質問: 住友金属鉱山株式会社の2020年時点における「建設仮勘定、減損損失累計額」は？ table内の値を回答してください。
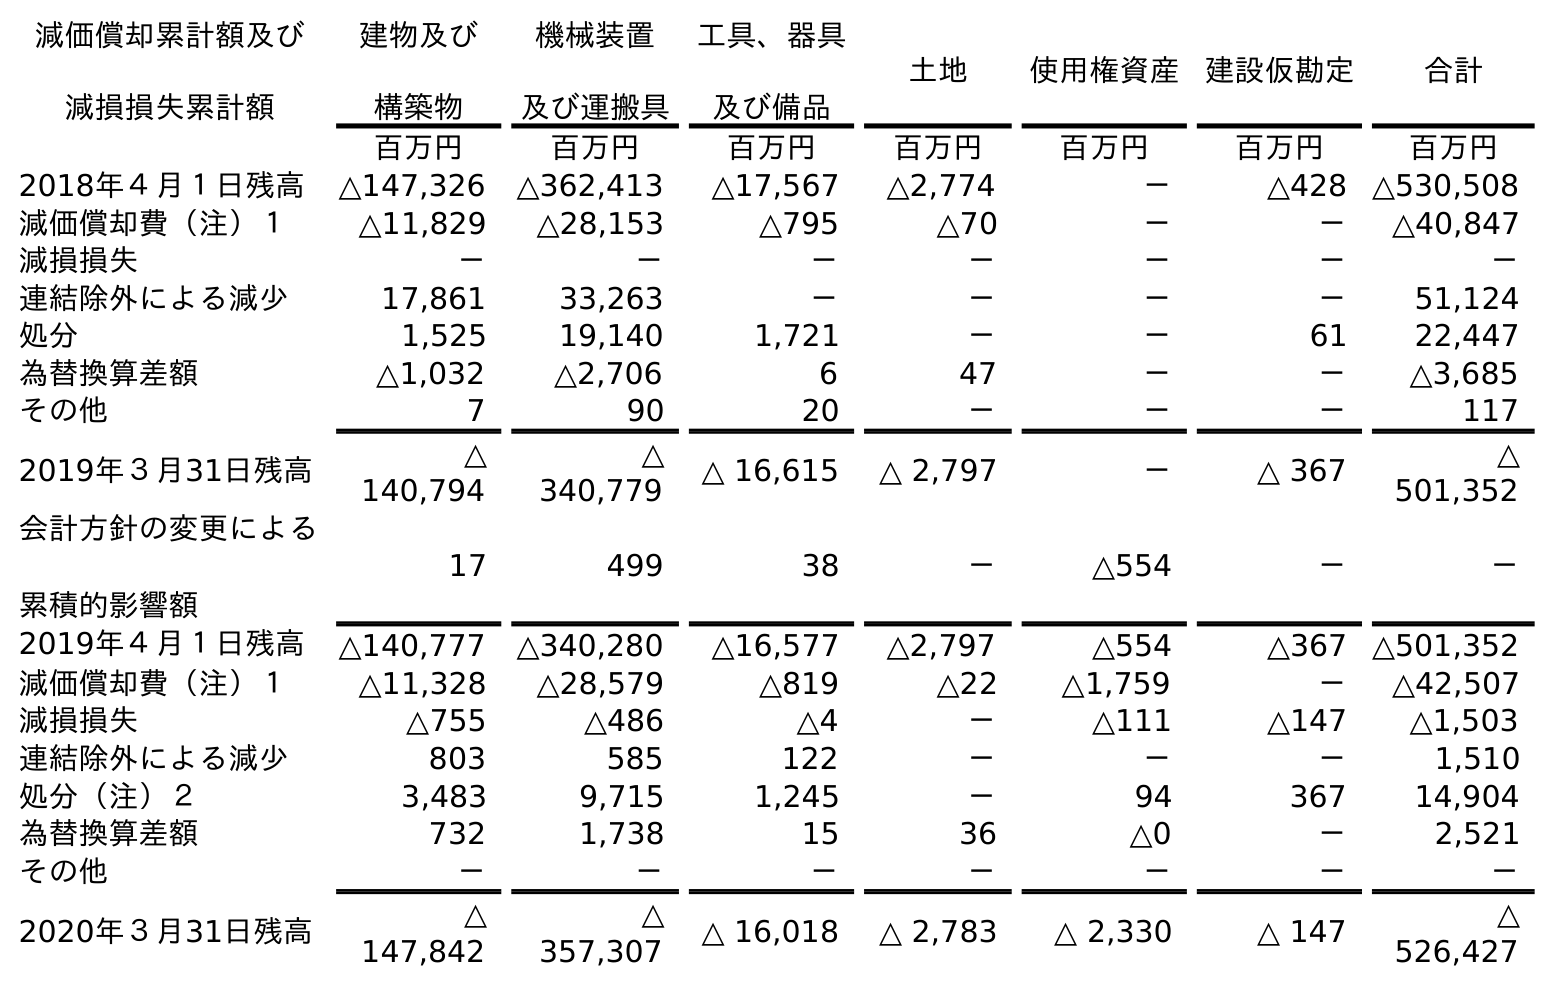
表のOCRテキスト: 減価償却累計額及び 減損損失累計額 建物及び 構築物 機械装置 及び運搬具 工具、器具 及び備品 土地 使用権資産 建設仮勘定 合計 百万円 百万円 百万円 百万円 百万円 百万円 百万円 2018年４月１日残高 △147,326 △362,413 △17,567 △2,774 － △428 △530,508 減価償却費（注）１ △11,829 △28,153 △795 △70 － － △40,847 減損損失 － － － － － － － 連結除外による減少 17,861 33,263 － － － － 51,124 処分 1,525 19,140 1,721 － － 61 22,447 為替換算差額 △1,032 △2,706 6 47 － － △3,685 その他 7 90 20 － － － 117 2019年３月31日残高 △ 140,794 △ 340,779 △ 16,615 △ 2,797 － △ 367 △ 501,352 会計方針の変更による 累積的影響額 17 499 38 － △554 － － 2019年４月１日残高 △140,777 △340,280 △16,577 △2,797 △554 △367 △501,352 減価償却費（注）１ △11,328 △28,579 △819 △22 △1,759 － △42,507 減損損失 △755 △486 △4 － △111 △147 △1,503 連結除外による減少 803 585 122 － － － 1,510 処分（注）２ 3,483 9,715 1,245 － 94 367 14,904 為替換算差額 732 1,738 15 36 △0 － 2,521 その他 － － － － － － － 2020年３月31日残高 △ 147,842 △ 357,307 △ 16,018 △ 2,783 △ 2,330 △ 147 △ 526,427
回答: △147